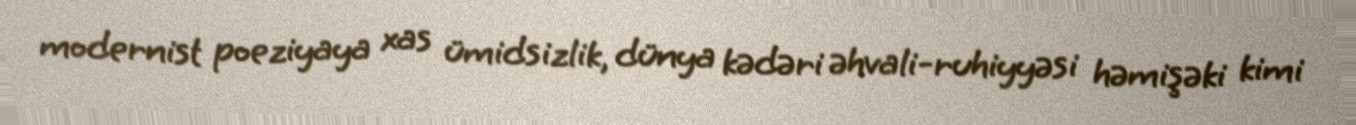
modernist poeziyaya xas ümidsizlik, dünya kədəri əhvali-ruhiyyəsi həmişəki kimi